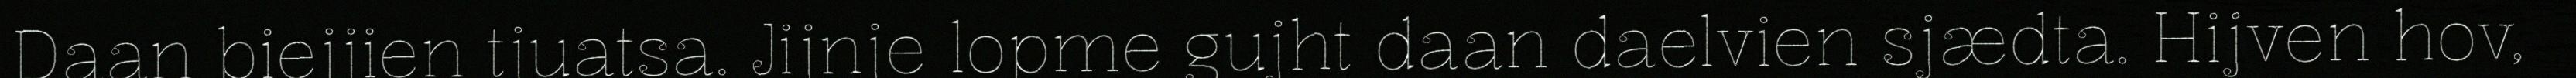
Daan biejjien tjuatsa. Jijnje lopme gujht daan daelvien sjædta. Hijven hov,